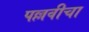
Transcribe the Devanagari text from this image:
पल्लवीचा